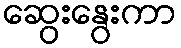
ဆွေးနွေးကာ